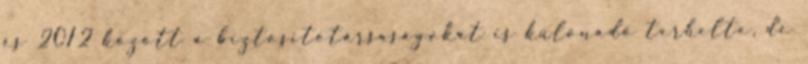
és 2012 között a biztosítótársaságokat is különadó terhelte, de